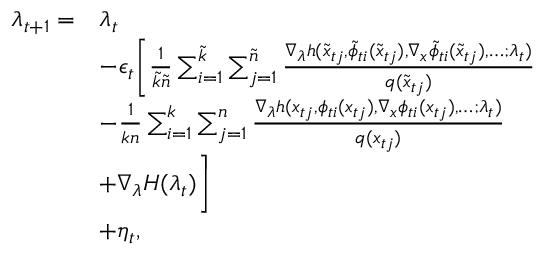
\begin{array} { r l } { \lambda _ { t + 1 } = } & { \lambda _ { t } } \\ & { - \epsilon _ { t } \Bigg [ \frac { 1 } { \tilde { k } \tilde { n } } \sum _ { i = 1 } ^ { \tilde { k } } \sum _ { j = 1 } ^ { \tilde { n } } \frac { \nabla _ { \lambda } h ( \tilde { x } _ { t j } , \tilde { \phi } _ { t i } ( \tilde { x } _ { t j } ) , \nabla _ { x } \tilde { \phi } _ { t i } ( \tilde { x } _ { t j } ) , \dots ; \lambda _ { t } ) } { q ( \tilde { x } _ { t j } ) } } \\ & { - \frac { 1 } { k n } \sum _ { i = 1 } ^ { k } \sum _ { j = 1 } ^ { n } \frac { \nabla _ { \lambda } h ( x _ { t j } , \phi _ { t i } ( x _ { t j } ) , \nabla _ { x } \phi _ { t i } ( x _ { t j } ) , \dots ; \lambda _ { t } ) } { q ( x _ { t j } ) } } \\ & { + \nabla _ { \lambda } H ( \lambda _ { t } ) \Bigg ] } \\ & { + \eta _ { t } , } \end{array}